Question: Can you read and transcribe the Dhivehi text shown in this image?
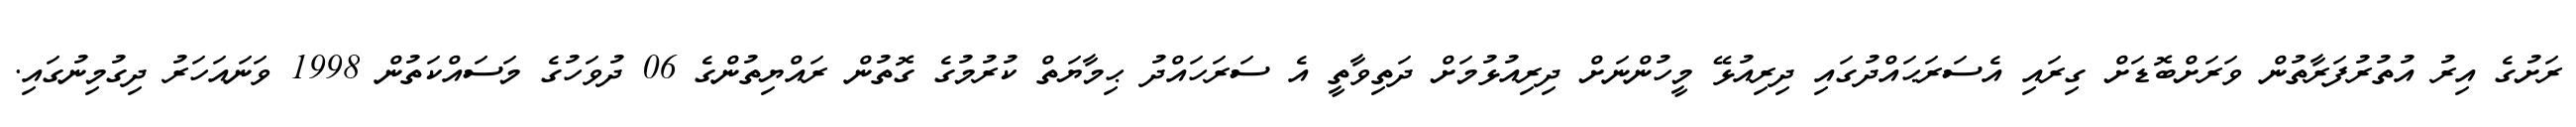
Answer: ރަށުގެ އިރު އުތުރުފަރާތުން ވަރަށްބޮޑަށް ގިރައި އެސަރަޙައްދުގައި ދިރިއުޅޭ މީހުންނަށް ދިރިއުޅުމަށް ދަތިވާތީ އެ ސަރަހައްދު ޙިމާޔަތް ކުރުމުގެ ގޮތުން ރައްޔިތުންގެ 06 ދުވަހުގެ މަސައްކަތުން 1998 ވަނައަހަރު ދިގުމިނުގައި.